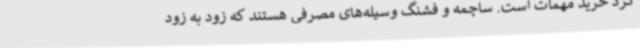
کرد خرید مهمات است. ساچمه و فشنگ وسیله‌های مصرفی هستند که زود به زود